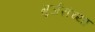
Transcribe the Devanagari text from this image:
गुर्जरांच्या